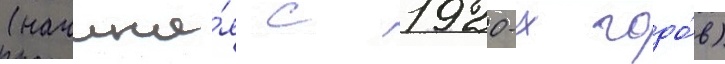
(начина́я с 1920-х годо́в)